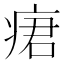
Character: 𤶷